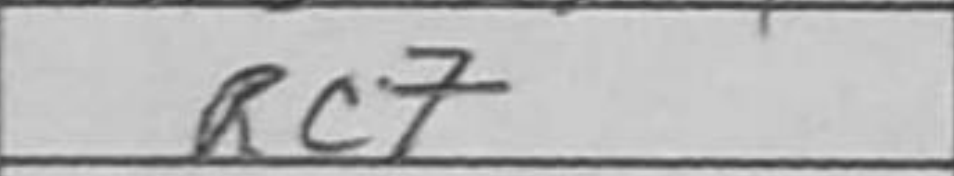
Transcription: Rc7